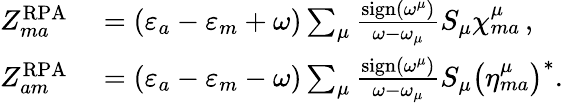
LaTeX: \begin{array}{rl}{Z_{ma}^{\mathrm{RPA}}}&{{}=\left(\varepsilon_{a}-\varepsilon_{m}+\omega\right)\sum_{\mu}\frac{\mathrm{sign}\left(\omega^{\mu}\right)}{\omega-\omega_{\mu}}S_{\mu}\chi_{ma}^{\mu}\, ,}\\ {Z_{am}^{\mathrm{RPA}}}&{{}=\left(\varepsilon_{a}-\varepsilon_{m}-\omega\right)\sum_{\mu}\frac{\mathrm{sign}\left(\omega^{\mu}\right)}{\omega-\omega_{\mu}}S_{\mu}\left(\eta_{ma}^{\mu}\right)^{*}.}\end{array}